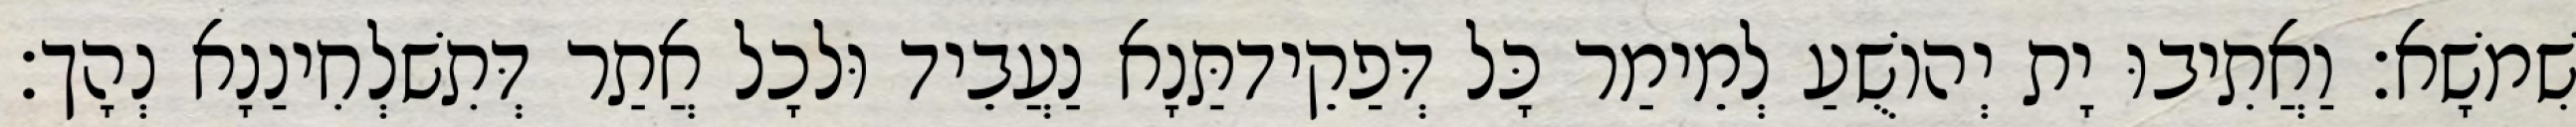
שִׁמשָׁא׃ וַאֲתִיבוּ יָת יְהוֹשֻׁעַ לְמֵימַר כָּל דְּפַקֵידתַּנָא נַעֲבֵיד וּלכָל אֲתַר דְּתִשׁלְחִינַנָא נְהָך׃